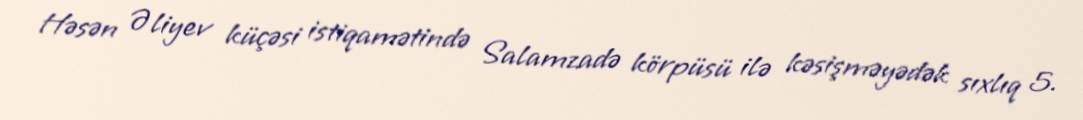
Həsən Əliyev küçəsi istiqamətində Salamzadə körpüsü ilə kəsişməyədək sıxlıq 5.